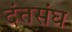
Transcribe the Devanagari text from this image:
दंतसंघ